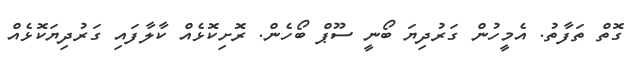
ގޮތް ތަފާތު. އެމީހުން ގަރުދިޔަ ބޯނީ ސޫޕް ބޯހެން. ރޮށިކޮޅެއް ކާލާފައި ގަރުދިޔަކޮޅެއް